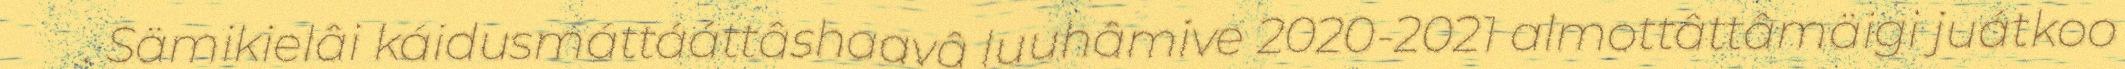
. Sämikielâi káidusmáttááttâshaavâ luuhâmive 2020-2021 almottâttâmäigi juátkoo